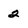
Character: 2